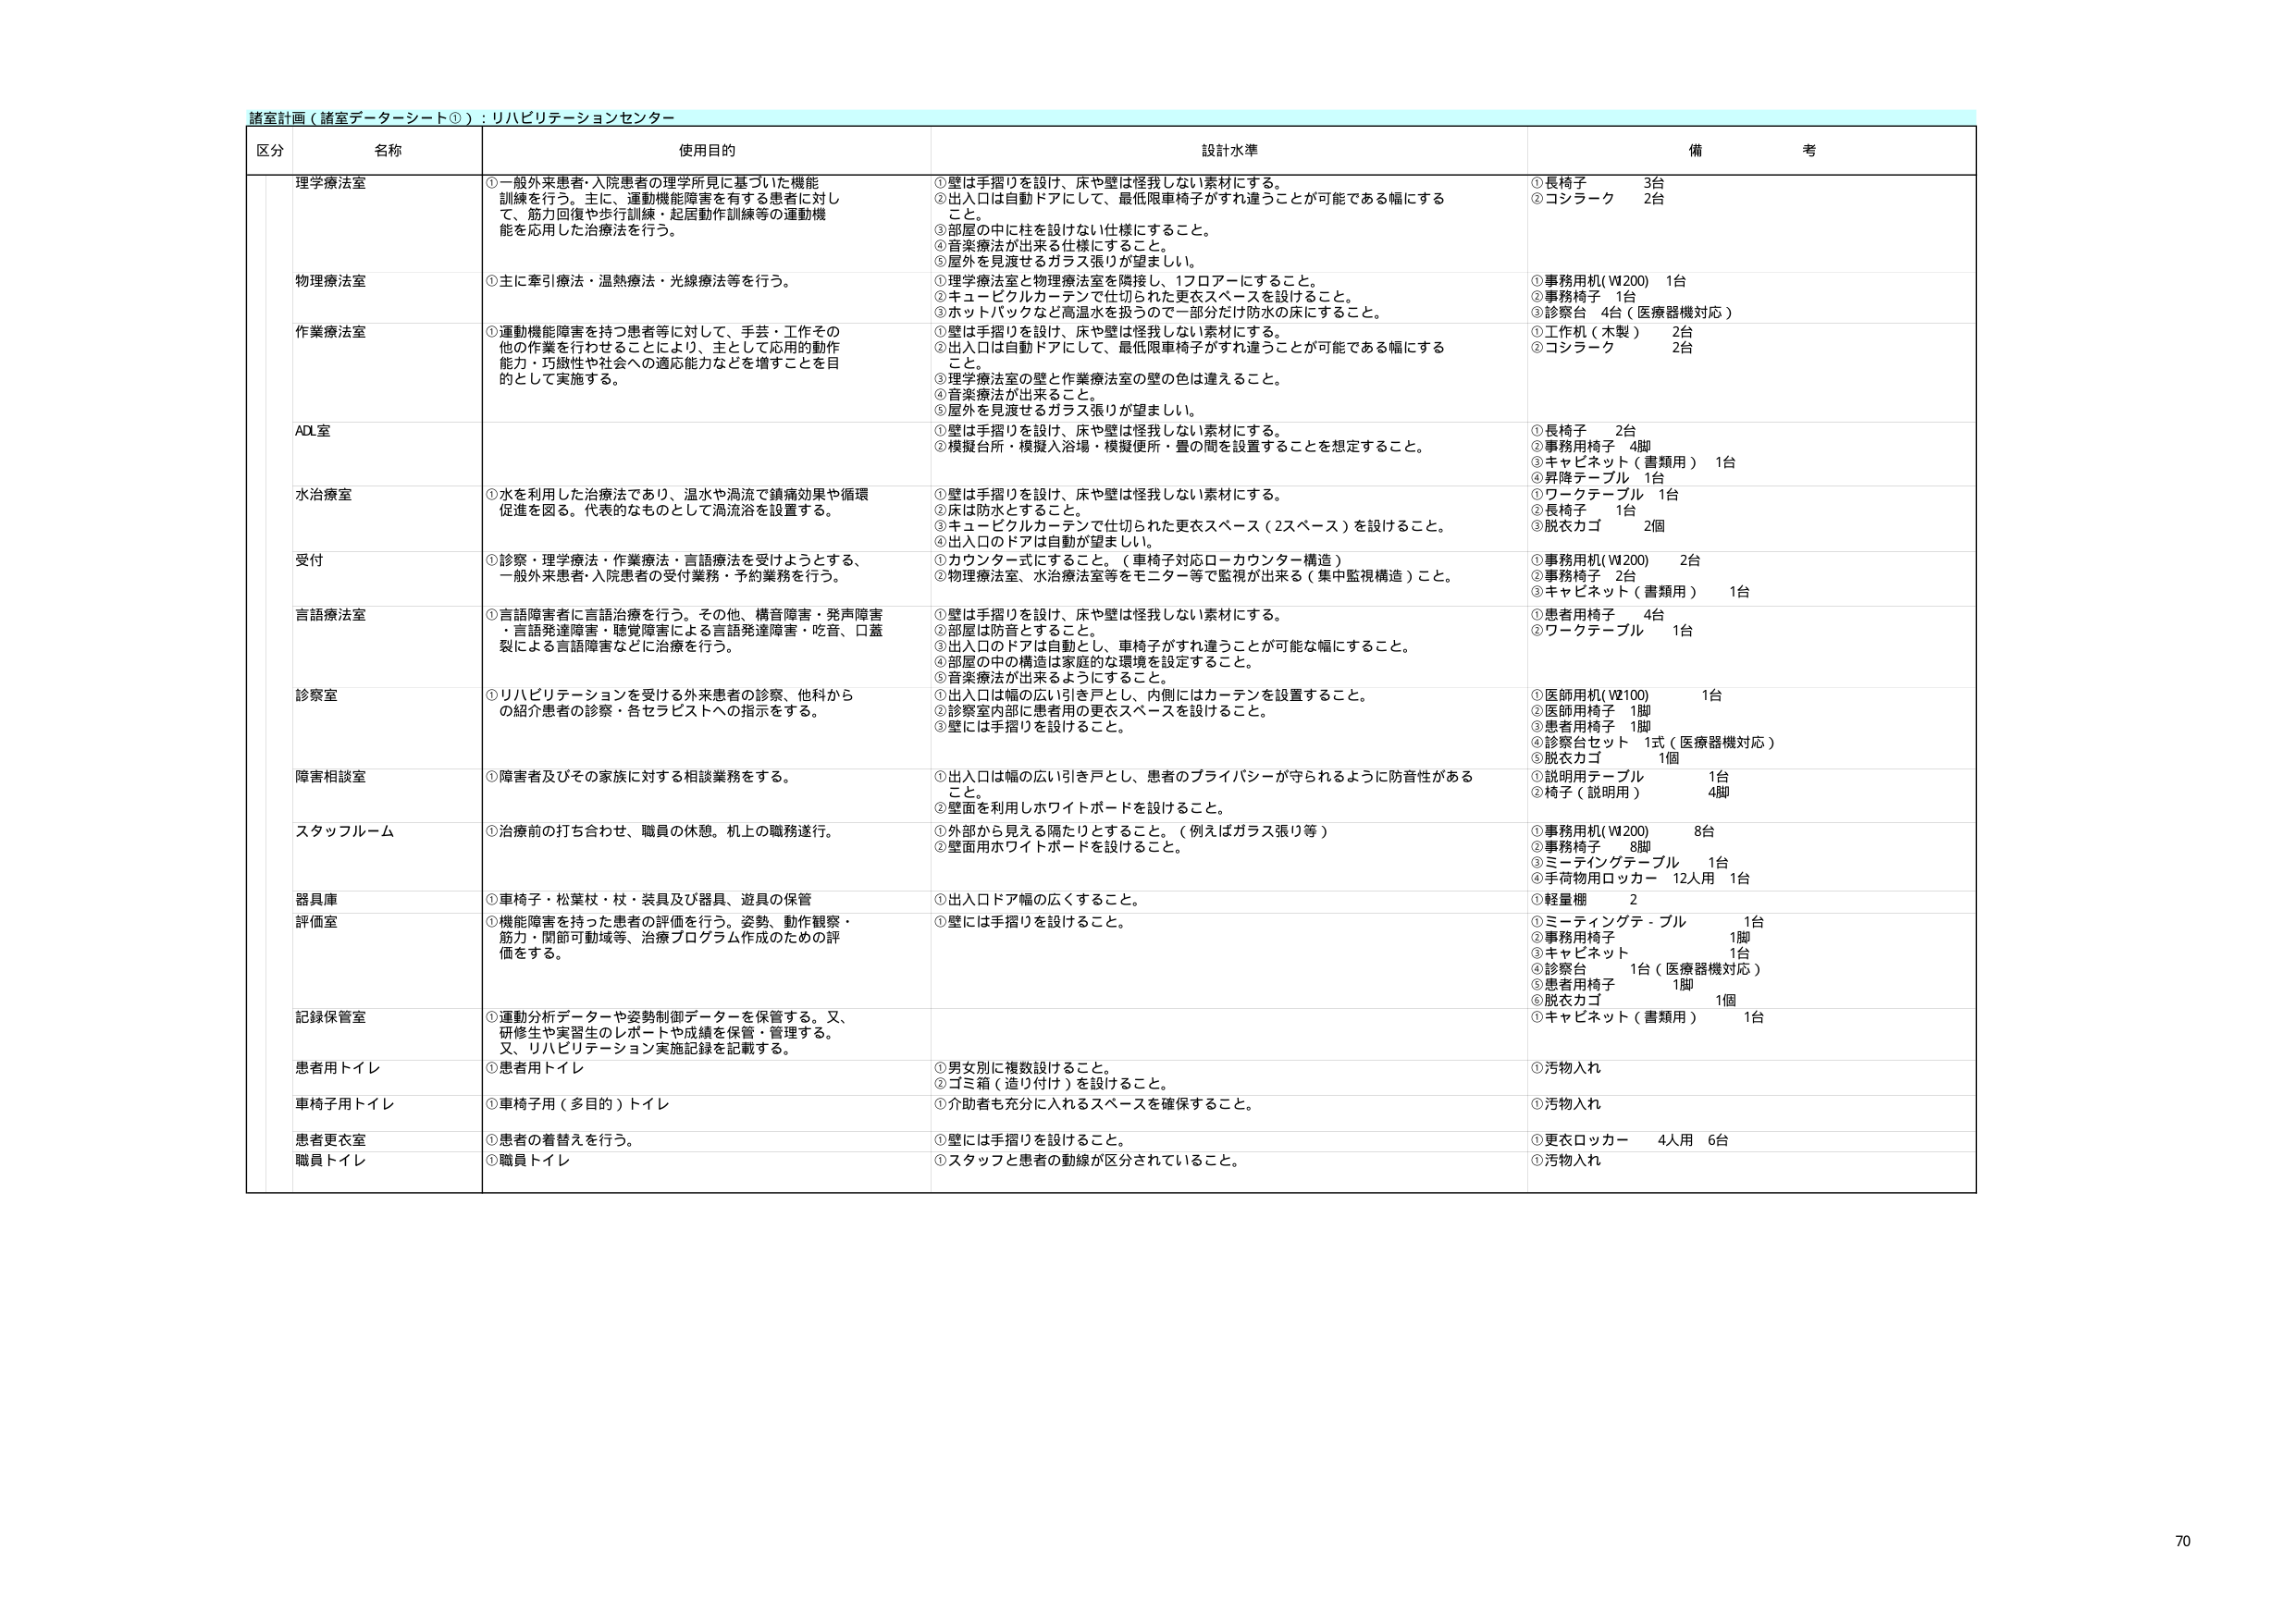
諸室計画（諸室データシート①）：リハビリテーションセンター

区分 名称 使用目的 設計水準 備考

理学療法室 ①一般外来患者・入院患者の理学所見に基づいた機能訓練を行う。主に、運動機能障害を有する患者に対して、筋力回復や歩行訓練・起居動作訓練等の運動機能を応用した治療法を行う。 ①壁は手摺りを設け、床や壁は怪我しない素材にする。②出入口は自動ドアにして、最低限車椅子がすれ違うことが可能である幅にすること。③部屋の中に柱を設けない仕様にすること。④音楽療法が出来る仕様にすること。⑤屋外を見渡せるガラス張りが望ましい。 ①長椅子 3台②コシラーク 2台

物理療法室 ①主に牽引療法・温熱療法・光線療法等を行う。 ①理学療法室と物理療法室を隣接し、1フロアにすること。②キュービカルカーテンで仕切られた更衣スペースを設けること。③ホットパックなど高温水を扱うので一部分だけ防水の床にすること。 ①事務用机（W200） 1台②事務椅子 1台③診察台 4台（医療器機対応）

作業療法室 ①運動機能障害を持つ患者等に対して、手芸・工作その他の作業を行わせることにより、主として応用的動作能力・巧緻性や社会への適応能力などを増すことを目的として実施する。 ①壁は手摺りを設け、床や壁は怪我しない素材にする。②出入口は自動ドアにして、最低限車椅子がすれ違うことが可能である幅にすること。③理学療法室の壁と作業療法室の壁の色は違えること。④音楽療法が出来ること。⑤屋外を見渡せるガラス張りが望ましい。 ①工作机（木製） 2台②コシラーク 2台

ADL室 ①壁は手摺りを設け、床や壁は怪我しない素材にする。②模擬台所・模擬入浴場・模擬便所・畳の間を設置することを想定すること。 ①長椅子 2台②事務用椅子 4脚③キャビネット（書類用） 1台④昇降テーブル 1台

水治療室 ①水を利用した治療法であり、温水や渦流で鎮痛効果や循環促進を図る。代表的なものとして渦流浴を設置する。 ①壁は手摺りを設け、床や壁は怪我しない素材にする。②床は防水とすること。③キュービカルカーテンで仕切られた更衣スペース（2スペース）を設けること。④出入口のドアは自動が望ましい。 ①ワークテーブル 1台②長椅子 1台③脱衣カゴ 2個

受付 ①診察・理学療法・作業療法・言語療法を受けようとする、一般外来患者・入院患者の受付業務・予約業務を行う。 ①カウンター式にすること。（車椅子対応ローカウンター構造）②物理療法室、水治療法室等をモニター等で監視が出来る（集中監視構造）こと。 ①事務用机（W200） 2台②事務椅子 2台③キャビネット（書類用） 1台

言語療法室 ①言語障害者に言語治療を行う。その他、構音障害・発声障害・言語発達障害・聴覚障害による言語発達障害・吃音、口蓋裂による言語障害などに治療を行う。 ①壁は手摺りを設け、床や壁は怪我しない素材にする。②部屋は防音とすること。③出入口のドアは自動とし、車椅子がすれ違うことが可能な幅にすること。④部屋の中の構造は家庭的な環境を設定すること。⑤音楽療法が出来るようにすること。 ①患者用椅子 4台②ワークテーブル 1台

診察室 ①リハビリテーションを受ける外来患者の診察、他科からの紹介患者の診察・各セラピストへの指示をする。 ①出入口は幅の広い引き戸とし、内側にはカーテンを設置すること。②診察室内部に患者用の更衣スペースを設けること。③壁には手摺りを設けること。 ①医師用机（W2100） 1台②医師用椅子 1脚③患者用椅子 1脚④診察台セット 1式（医療器機対応）⑤脱衣カゴ 1個

障害相談室 ①障害者及びその家族に対する相談業務をする。 ①出入口は幅の広い引き戸とし、患者のプライバシーが守られるように防音性があること。②壁面を利用しホワイトボードを設けること。 ①説明用テーブル 1台②椅子（説明用） 4脚

スタッフルーム ①治療前の打ち合わせ、職員の休憩。机上の職務遂行。 ①外部から見える隔たりとすること。（例えばガラス張り等）②壁面用ホワイトボードを設けること。 ①事務用机（W200） 8台②事務椅子 8脚③ミーティングテーブル 1台④手荷物用ロッカー 12人用 1台

器具庫 ①車椅子・松葉杖・杖・装具及び器具、遊具の保管 ①出入口ドア幅の広くすること。 ①軽量棚 2

評価室 ①機能障害を持った患者の評価を行う。姿勢、動作観察・筋力・関節可動域等、治療プログラム作成のための評価をする。 ①壁には手摺りを設けること。 ①ミーティングテーブル 1台②事務用椅子 1脚③キャビネット 1台④診察台 1台（医療器機対応）⑤患者用椅子 1脚⑥脱衣カゴ 1個

記録保管室 ①運動分析データや姿勢制御データを保管する。又、研修生や実習生のレポートや成績を保管・管理する。又、リハビリテーション実施記録を記載する。

患者用トイレ ①患者用トイレ ①男女別に複数設けること。②ゴミ箱（造り付け）を設けること。 ①汚物入れ

車椅子用トイレ ①車椅子用（多目的）トイレ ①介助者も充分に入れるスペースを確保すること。 ①汚物入れ

患者更衣室 ①患者の着替えを行う。 ①壁には手摺りを設けること。 ①更衣ロッカー 4人用 6台

職員トイレ ①職員トイレ ①スタッフと患者の動線が区分されていること。 ①汚物入れ

70